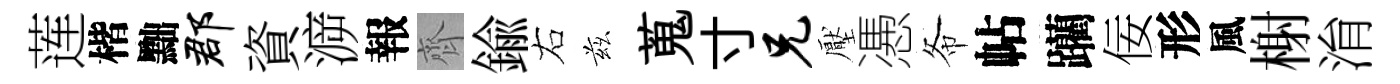
莲楷黜郡資㴑報齊鍮右兹蒐寸兄壓慿𢁙帖躪佞形風榭㳙